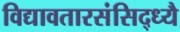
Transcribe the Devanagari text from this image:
विद्यावतारसंसिद्ध्यै